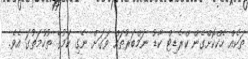
ތަކެއް ހެކްކޮށްގެން ކްރެޑިޓް ކާޑު ނަމްބަރުތައް ވަގަށް ނެގި ކަމުގެ ތުހުމަތުގަ އެވެ.